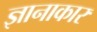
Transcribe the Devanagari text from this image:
ज्ञानाकार